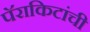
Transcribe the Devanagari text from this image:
पॅराकिटांची